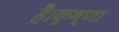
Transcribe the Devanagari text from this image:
है।कृष्णा